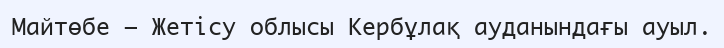
Майтөбе – Жетісу облысы Кербұлақ ауданындағы ауыл.